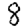
Digit: 8